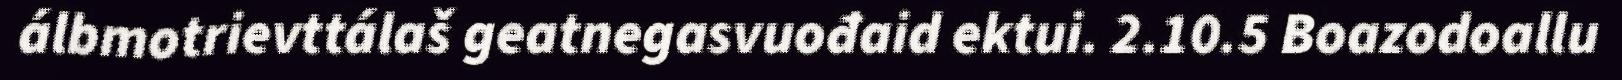
álbmotrievttálaš geatnegasvuođaid ektui. 2.10.5 Boazodoallu